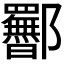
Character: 𬪥